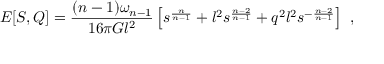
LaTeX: E [ S , Q ] = { \frac { ( n - 1 ) \omega _ { n - 1 } } { 1 6 \pi G l ^ { 2 } } } \left[ s ^ { \frac { n } { n - 1 } } + l ^ { 2 } s ^ { \frac { n - 2 } { n - 1 } } + q ^ { 2 } l ^ { 2 } s ^ { - { \frac { n - 2 } { n - 1 } } } \right] \ ,